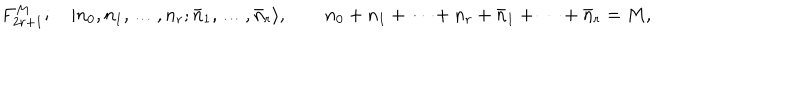
F _ { 2 r + 1 } ^ { M } ; \quad | n _ { 0 } , n _ { 1 } , \ldots , n _ { r } ; \bar { n } _ { 1 } , \ldots , \bar { n } _ { r } \rangle , \qquad n _ { 0 } + n _ { 1 } + \cdots + n _ { r } + \bar { n } _ { 1 } + \cdots + \bar { n } _ { r } = M ,